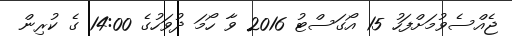
ޖެއްސެވުމަށްފަހު 15 އޯގަސްޓު 2016 ވާ ހޯމަ ދުވަހުގެ 14:00 ގެ ކުރިން